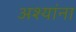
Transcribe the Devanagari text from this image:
अश्यांना